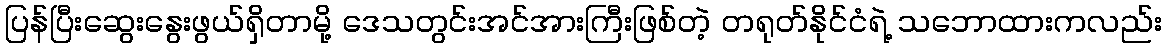
ပြန်ပြီးဆွေးနွေးဖွယ်ရှိတာမို့ ဒေသတွင်းအင်အားကြီးဖြစ်တဲ့ တရုတ်နိုင်ငံရဲ့ သဘောထားကလည်း